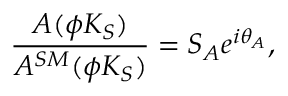
\frac { A ( \phi K _ { S } ) } { A ^ { S M } ( \phi K _ { S } ) } = S _ { A } e ^ { i \theta _ { A } } ,